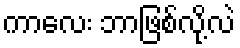
ကာလေး ဘာဖြစ်လို့လဲ